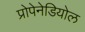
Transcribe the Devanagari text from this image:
प्रोपेनेडियोल